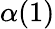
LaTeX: \alpha(1)